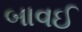
બાવઈ